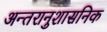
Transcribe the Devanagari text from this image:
अन्तरानुशासनिक